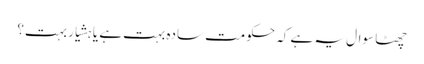
چھٹا سوال یہ ہے کہ حکومت سادہ بہت ہے یا ہشیار بہت؟